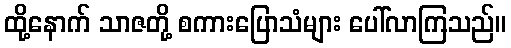
ထို့နောက် သာဇတို့ စကားပြောသံများ ပေါ်လာကြသည်။